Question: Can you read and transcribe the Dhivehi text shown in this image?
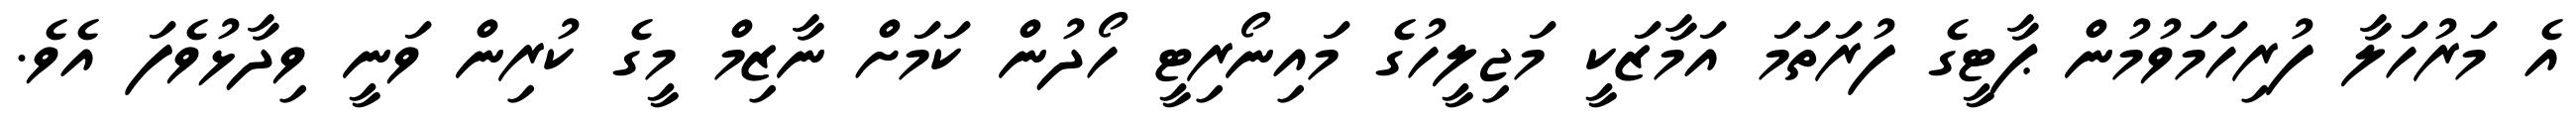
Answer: އެ މަރުހަލާ ފުރިހަމަވުމުން ޕާޓީގެ ފުރަތަމަ އަމާޒަކީ މަޖިލީހުގެ މައިނޯރިޓީ ހޯދުން ކަމަށް ނާޒިމް މީގެ ކުރިން ވަނީ ވިދާޅުވެފަ އެވެ.